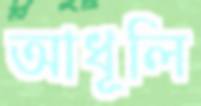
আধূলি